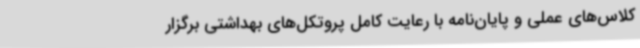
کلاس‌های عملی و پایان‌نامه با رعایت کامل پروتکل‌های بهداشتی برگزار